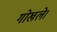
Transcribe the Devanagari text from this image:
गोखले।